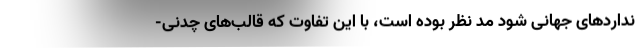
نداردهای جهانی شود مد نظر بوده است، با این تفاوت که قالب‌های چدنی-